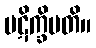
ပဋိက္ခိပတိ။